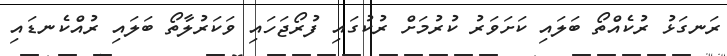
ރަނގަޅު ރުކެއްތޯ ބަލައި ކަށަވަރު ކުރުމަށް ރުކުގައި ފުރޯޖަހައި ވަކަރުލާތޯ ބަލައި ރުއްކެނޑައި